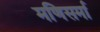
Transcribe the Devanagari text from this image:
मणिसर्मा